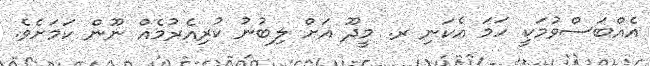
އެއްބަސްވުމަކީ ހަމަ އެކަނި ރ. މީދޫ އަށް ލިބުނު ކުރިއެރުމެއް ނޫން ކަމަށެވެ.